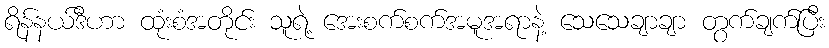
ရိန်နယ်ဒီဟာ ထုံးစံအတိုင်း သူရဲ့ အေးစက်စက်အမူအရာနဲ့ သေသေချာချာ တွက်ချက်ပြီး